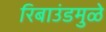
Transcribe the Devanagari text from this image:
रिबाउंडमुळे